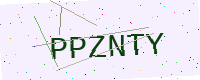
Text: PPZNTY